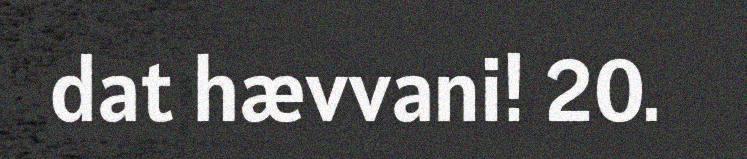
dat hævvani! 20.